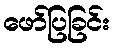
ဖော်ပြခြင်း